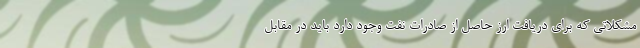
مشکلاتی که برای دریافت ارز حاصل از صادرات نفت وجود دارد باید در مقابل